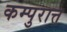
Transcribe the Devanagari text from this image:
कम्पुरात्त